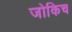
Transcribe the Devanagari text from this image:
जोकिच